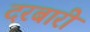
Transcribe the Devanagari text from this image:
दरबारीं